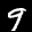
Label: 9